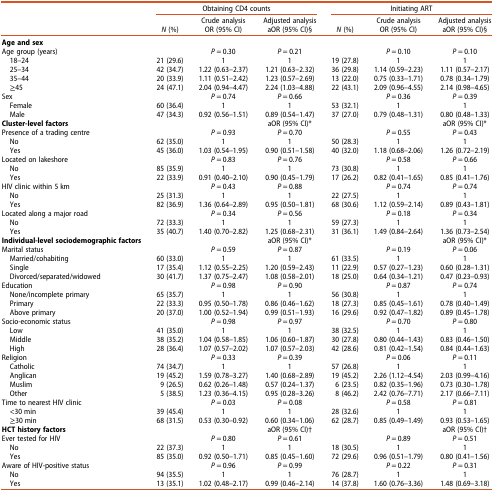
<table><thead><tr><td rowspan="3"><b> </b></td><td colspan="3"><b>Obtaining CD4 counts</b></td><td colspan="3"><b>Initiating ART</b></td></tr><tr><td rowspan="2"><b><i>N</i> (%)</b></td><td><b>Crude analysis</b></td><td><b>Adjusted analysis</b></td><td rowspan="2"><b><i>N</i> (%)</b></td><td><b>Crude analysis</b></td><td><b>Adjusted analysis</b></td></tr><tr><td><b>OR (95% CI)</b></td><td><b>aOR (95% CI)§</b></td><td><b>OR (95% CI)</b></td><td><b>aOR (95% CI)§</b></td></tr></thead><tbody><tr><td><b>Age and sex</b></td><td> </td><td> </td><td> </td><td> </td><td> </td><td> </td></tr><tr><td>Age group (years)</td><td> </td><td><i>P</i> = 0.30</td><td><i>P</i> = 0.21</td><td> </td><td><i>P</i> = 0.10</td><td><i>P</i> = 0.10</td></tr><tr><td> 18–24</td><td>21 (29.6)</td><td>1</td><td>1</td><td>19 (27.8)</td><td>1</td><td>1</td></tr><tr><td> 25–34</td><td>42 (34.7)</td><td>1.22 (0.63–2.37)</td><td>1.21 (0.63–2.32)</td><td>36 (29.8)</td><td>1.14 (0.59–2.23)</td><td>1.11 (0.57–2.17)</td></tr><tr><td> 35–44</td><td>20 (33.9)</td><td>1.11 (0.51–2.42)</td><td>1.23 (0.57–2.69)</td><td>13 (22.0)</td><td>0.75 (0.33–1.71)</td><td>0.78 (0.34–1.79)</td></tr><tr><td> ≥45</td><td>24 (47.1)</td><td>2.04 (0.94–4.47)</td><td>2.24 (1.03–4.88)</td><td>22 (43.1)</td><td>2.09 (0.96–4.55)</td><td>2.14 (0.98–4.65)</td></tr><tr><td>Sex</td><td> </td><td><i>P</i> = 0.74</td><td><i>P</i> = 0.66</td><td> </td><td><i>P</i> = 0.36</td><td><i>P</i> = 0.39</td></tr><tr><td> Female</td><td>60 (36.4)</td><td>1</td><td>1</td><td>53 (32.1)</td><td>1</td><td>1</td></tr><tr><td> Male</td><td>47 (34.3)</td><td>0.92 (0.56–1.51)</td><td>0.89 (0.54–1.47)</td><td>37 (27.0)</td><td>0.79 (0.48–1.31)</td><td>0.80 (0.48–1.33)</td></tr><tr><td><b>Cluster-level factors</b></td><td> </td><td> </td><td>aOR (95% CI)*</td><td> </td><td> </td><td>aOR (95% CI)*</td></tr><tr><td>Presence of a trading centre</td><td> </td><td><i>P</i> = 0.93</td><td><i>P</i> = 0.70</td><td> </td><td><i>P</i> = 0.55</td><td><i>P</i> = 0.43</td></tr><tr><td> No</td><td>62 (35.0)</td><td>1</td><td>1</td><td>50 (28.3)</td><td>1</td><td>1</td></tr><tr><td> Yes</td><td>45 (36.0)</td><td>1.03 (0.54–1.95)</td><td>0.90 (0.51–1.58)</td><td>40 (32.0)</td><td>1.18 (0.68–2.06)</td><td>1.26 (0.72–2.19)</td></tr><tr><td>Located on lakeshore</td><td> </td><td><i>P</i> = 0.83</td><td><i>P</i> = 0.76</td><td> </td><td><i>P</i> = 0.58</td><td><i>P</i> = 0.66</td></tr><tr><td> No</td><td>85 (35.9)</td><td>1</td><td>1</td><td>73 (30.8)</td><td>1</td><td>1</td></tr><tr><td> Yes</td><td>22 (33.9)</td><td>0.91 (0.40–2.10)</td><td>0.90 (0.45–1.79)</td><td>17 (26.2)</td><td>0.82 (0.41–1.65)</td><td>0.85 (0.41–1.76)</td></tr><tr><td>HIV clinic within 5 km</td><td> </td><td><i>P</i> = 0.43</td><td><i>P</i> = 0.88</td><td> </td><td><i>P</i> = 0.74</td><td><i>P</i> = 0.74</td></tr><tr><td> No</td><td>25 (31.3)</td><td>1</td><td>1</td><td>22 (27.5)</td><td>1</td><td>1</td></tr><tr><td> Yes</td><td>82 (36.9)</td><td>1.36 (0.64–2.89)</td><td>0.95 (0.50–1.81)</td><td>68 (30.6)</td><td>1.12 (0.59–2.14)</td><td>0.89 (0.43–1.81)</td></tr><tr><td>Located along a major road</td><td> </td><td><i>P</i> = 0.34</td><td><i>P</i> = 0.56</td><td> </td><td><i>P</i> = 0.18</td><td><i>P</i> = 0.34</td></tr><tr><td> No</td><td>72 (33.3)</td><td>1</td><td>1</td><td>59 (27.3)</td><td>1</td><td>1</td></tr><tr><td> Yes</td><td>35 (40.7)</td><td>1.40 (0.70–2.82)</td><td>1.25 (0.68–2.31)</td><td>31 (36.1)</td><td>1.49 (0.84–2.64)</td><td>1.36 (0.73–2.54)</td></tr><tr><td><b>Individual-level sociodemographic factors</b></td><td> </td><td> </td><td>aOR (95% CI)*</td><td> </td><td> </td><td>aOR (95% CI)*</td></tr><tr><td>Marital status</td><td> </td><td><i>P</i> = 0.59</td><td><i>P</i> = 0.87</td><td> </td><td><i>P</i> = 0.19</td><td><i>P</i> = 0.06</td></tr><tr><td> Married/cohabiting</td><td>60 (33.0)</td><td>1</td><td>1</td><td>61 (33.5)</td><td>1</td><td>1</td></tr><tr><td> Single</td><td>17 (35.4)</td><td>1.12 (0.55–2.25)</td><td>1.20 (0.59–2.43)</td><td>11 (22.9)</td><td>0.57 (0.27–1.23)</td><td>0.60 (0.28–1.31)</td></tr><tr><td> Divorced/separated/widowed</td><td>30 (41.7)</td><td>1.37 (0.75–2.47)</td><td>1.08 (0.58–2.01)</td><td>18 (25.0)</td><td>0.64 (0.34–1.21)</td><td>0.47 (0.23–0.93)</td></tr><tr><td>Education</td><td> </td><td><i>P</i> = 0.98</td><td><i>P</i> = 0.90</td><td> </td><td><i>P</i> = 0.87</td><td><i>P</i> = 0.74</td></tr><tr><td> None/incomplete primary</td><td>65 (35.7)</td><td>1</td><td>1</td><td>56 (30.8)</td><td>1</td><td>1</td></tr><tr><td> Primary</td><td>22 (33.3)</td><td>0.95 (0.50–1.78)</td><td>0.86 (0.46–1.62)</td><td>18 (27.3)</td><td>0.85 (0.45–1.61)</td><td>0.78 (0.40–1.49)</td></tr><tr><td> Above primary</td><td>20 (37.0)</td><td>1.00 (0.52–1.94)</td><td>0.99 (0.51–1.93)</td><td>16 (29.6)</td><td>0.92 (0.47–1.82)</td><td>0.89 (0.45–1.78)</td></tr><tr><td>Socio-economic status</td><td> </td><td><i>P</i> = 0.98</td><td><i>P</i> = 0.97</td><td> </td><td><i>P</i> = 0.70</td><td><i>P</i> = 0.80</td></tr><tr><td> Low</td><td>41 (35.0)</td><td>1</td><td>1</td><td>38 (32.5)</td><td>1</td><td>1</td></tr><tr><td> Middle</td><td>38 (35.2)</td><td>1.04 (0.58–1.85)</td><td>1.06 (0.60–1.87)</td><td>30 (27.8)</td><td>0.80 (0.44–1.43)</td><td>0.83 (0.46–1.50)</td></tr><tr><td> High</td><td>28 (36.4)</td><td>1.07 (0.57–2.02)</td><td>1.07 (0.57–2.03)</td><td>42 (28.6)</td><td>0.81 (0.42–1.54)</td><td>0.84 (0.44–1.63)</td></tr><tr><td>Religion</td><td> </td><td><i>P</i> = 0.33</td><td><i>P</i> = 0.39</td><td> </td><td><i>P</i> = 0.06</td><td><i>P</i> = 0.11</td></tr><tr><td> Catholic</td><td>74 (34.7)</td><td>1</td><td>1</td><td>57 (26.8)</td><td>1</td><td>1</td></tr><tr><td> Anglican</td><td>19 (45.2)</td><td>1.59 (0.78–3.27)</td><td>1.40 (0.68–2.89)</td><td>19 (45.2)</td><td>2.26 (1.12–4.54)</td><td>2.03 (0.99–4.16)</td></tr><tr><td> Muslim</td><td>9 (26.5)</td><td>0.62 (0.26–1.48)</td><td>0.57 (0.24–1.37)</td><td>6 (23.5)</td><td>0.82 (0.35–1.96)</td><td>0.73 (0.30–1.78)</td></tr><tr><td> Other</td><td>5 (38.5)</td><td>1.23 (0.36–4.15)</td><td>0.95 (0.28–3.26)</td><td>8 (46.2)</td><td>2.42 (0.76–7.71)</td><td>2.17 (0.66–7.11)</td></tr><tr><td>Time to nearest HIV clinic</td><td> </td><td><i>P</i> = 0.03</td><td><i>P</i> = 0.08</td><td> </td><td><i>P</i> = 0.58</td><td><i>P</i> = 0.81</td></tr><tr><td> &lt;30 min</td><td>39 (45.4)</td><td>1</td><td>1</td><td>28 (32.6)</td><td>1</td><td>1</td></tr><tr><td> ≥30 min</td><td>68 (31.5)</td><td>0.53 (0.30–0.92)</td><td>0.60 (0.34–1.06)</td><td>62 (28.7)</td><td>0.85 (0.49–1.49)</td><td>0.93 (0.53–1.65)</td></tr><tr><td><b>HCT history factors</b></td><td> </td><td> </td><td>aOR (95% CI)†</td><td> </td><td> </td><td>aOR (95% CI)†</td></tr><tr><td>Ever tested for HIV</td><td> </td><td><i>P</i> = 0.80</td><td><i>P</i> = 0.61</td><td> </td><td><i>P</i> = 0.89</td><td><i>P</i> = 0.51</td></tr><tr><td> No</td><td>22 (37.3)</td><td>1</td><td>1</td><td>18 (30.5)</td><td>1</td><td>1</td></tr><tr><td> Yes</td><td>85 (35.0)</td><td>0.92 (0.50–1.71)</td><td>0.85 (0.45–1.60)</td><td>72 (29.6)</td><td>0.96 (0.51–1.79)</td><td>0.80 (0.41–1.56)</td></tr><tr><td>Aware of HIV-positive status</td><td> </td><td><i>P</i> = 0.96</td><td><i>P</i> = 0.99</td><td> </td><td><i>P</i> = 0.22</td><td><i>P</i> = 0.31</td></tr><tr><td> No</td><td>94 (35.5)</td><td>1</td><td>1</td><td>76 (28.7)</td><td>1</td><td>1</td></tr><tr><td> Yes</td><td>13 (35.1)</td><td>1.02 (0.48–2.17)</td><td>0.99 (0.46–2.14)</td><td>14 (37.8)</td><td>1.60 (0.76–3.36)</td><td>1.48 (0.69–3.18)</td></tr></tbody></table>